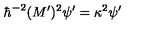
\hbar ^ { - 2 } ( M ^ { \prime } ) ^ { 2 } \psi ^ { \prime } = \kappa ^ { 2 } \psi ^ { \prime }